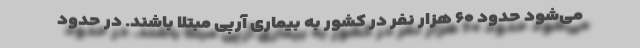
می‌شود حدود ۶۰ هزار نفر در کشور به بیماری آرپی مبتلا باشند. در حدود